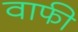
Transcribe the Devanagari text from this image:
वाफी